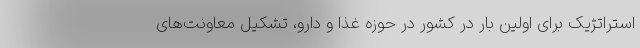
استراتژیک برای اولین بار در کشور در حوزه غذا و دارو، تشکیل معاونت‌های